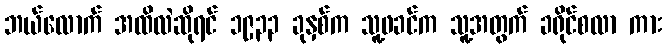
ဘယ်လောက် အထိလဲဆိုရင် ၁၉၃၃ ခုနှစ်က သူ့ဖခင်က သူ့အတွက် ခရိုင်စလာ ကား